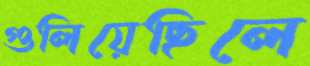
গুলিয়েছিলে